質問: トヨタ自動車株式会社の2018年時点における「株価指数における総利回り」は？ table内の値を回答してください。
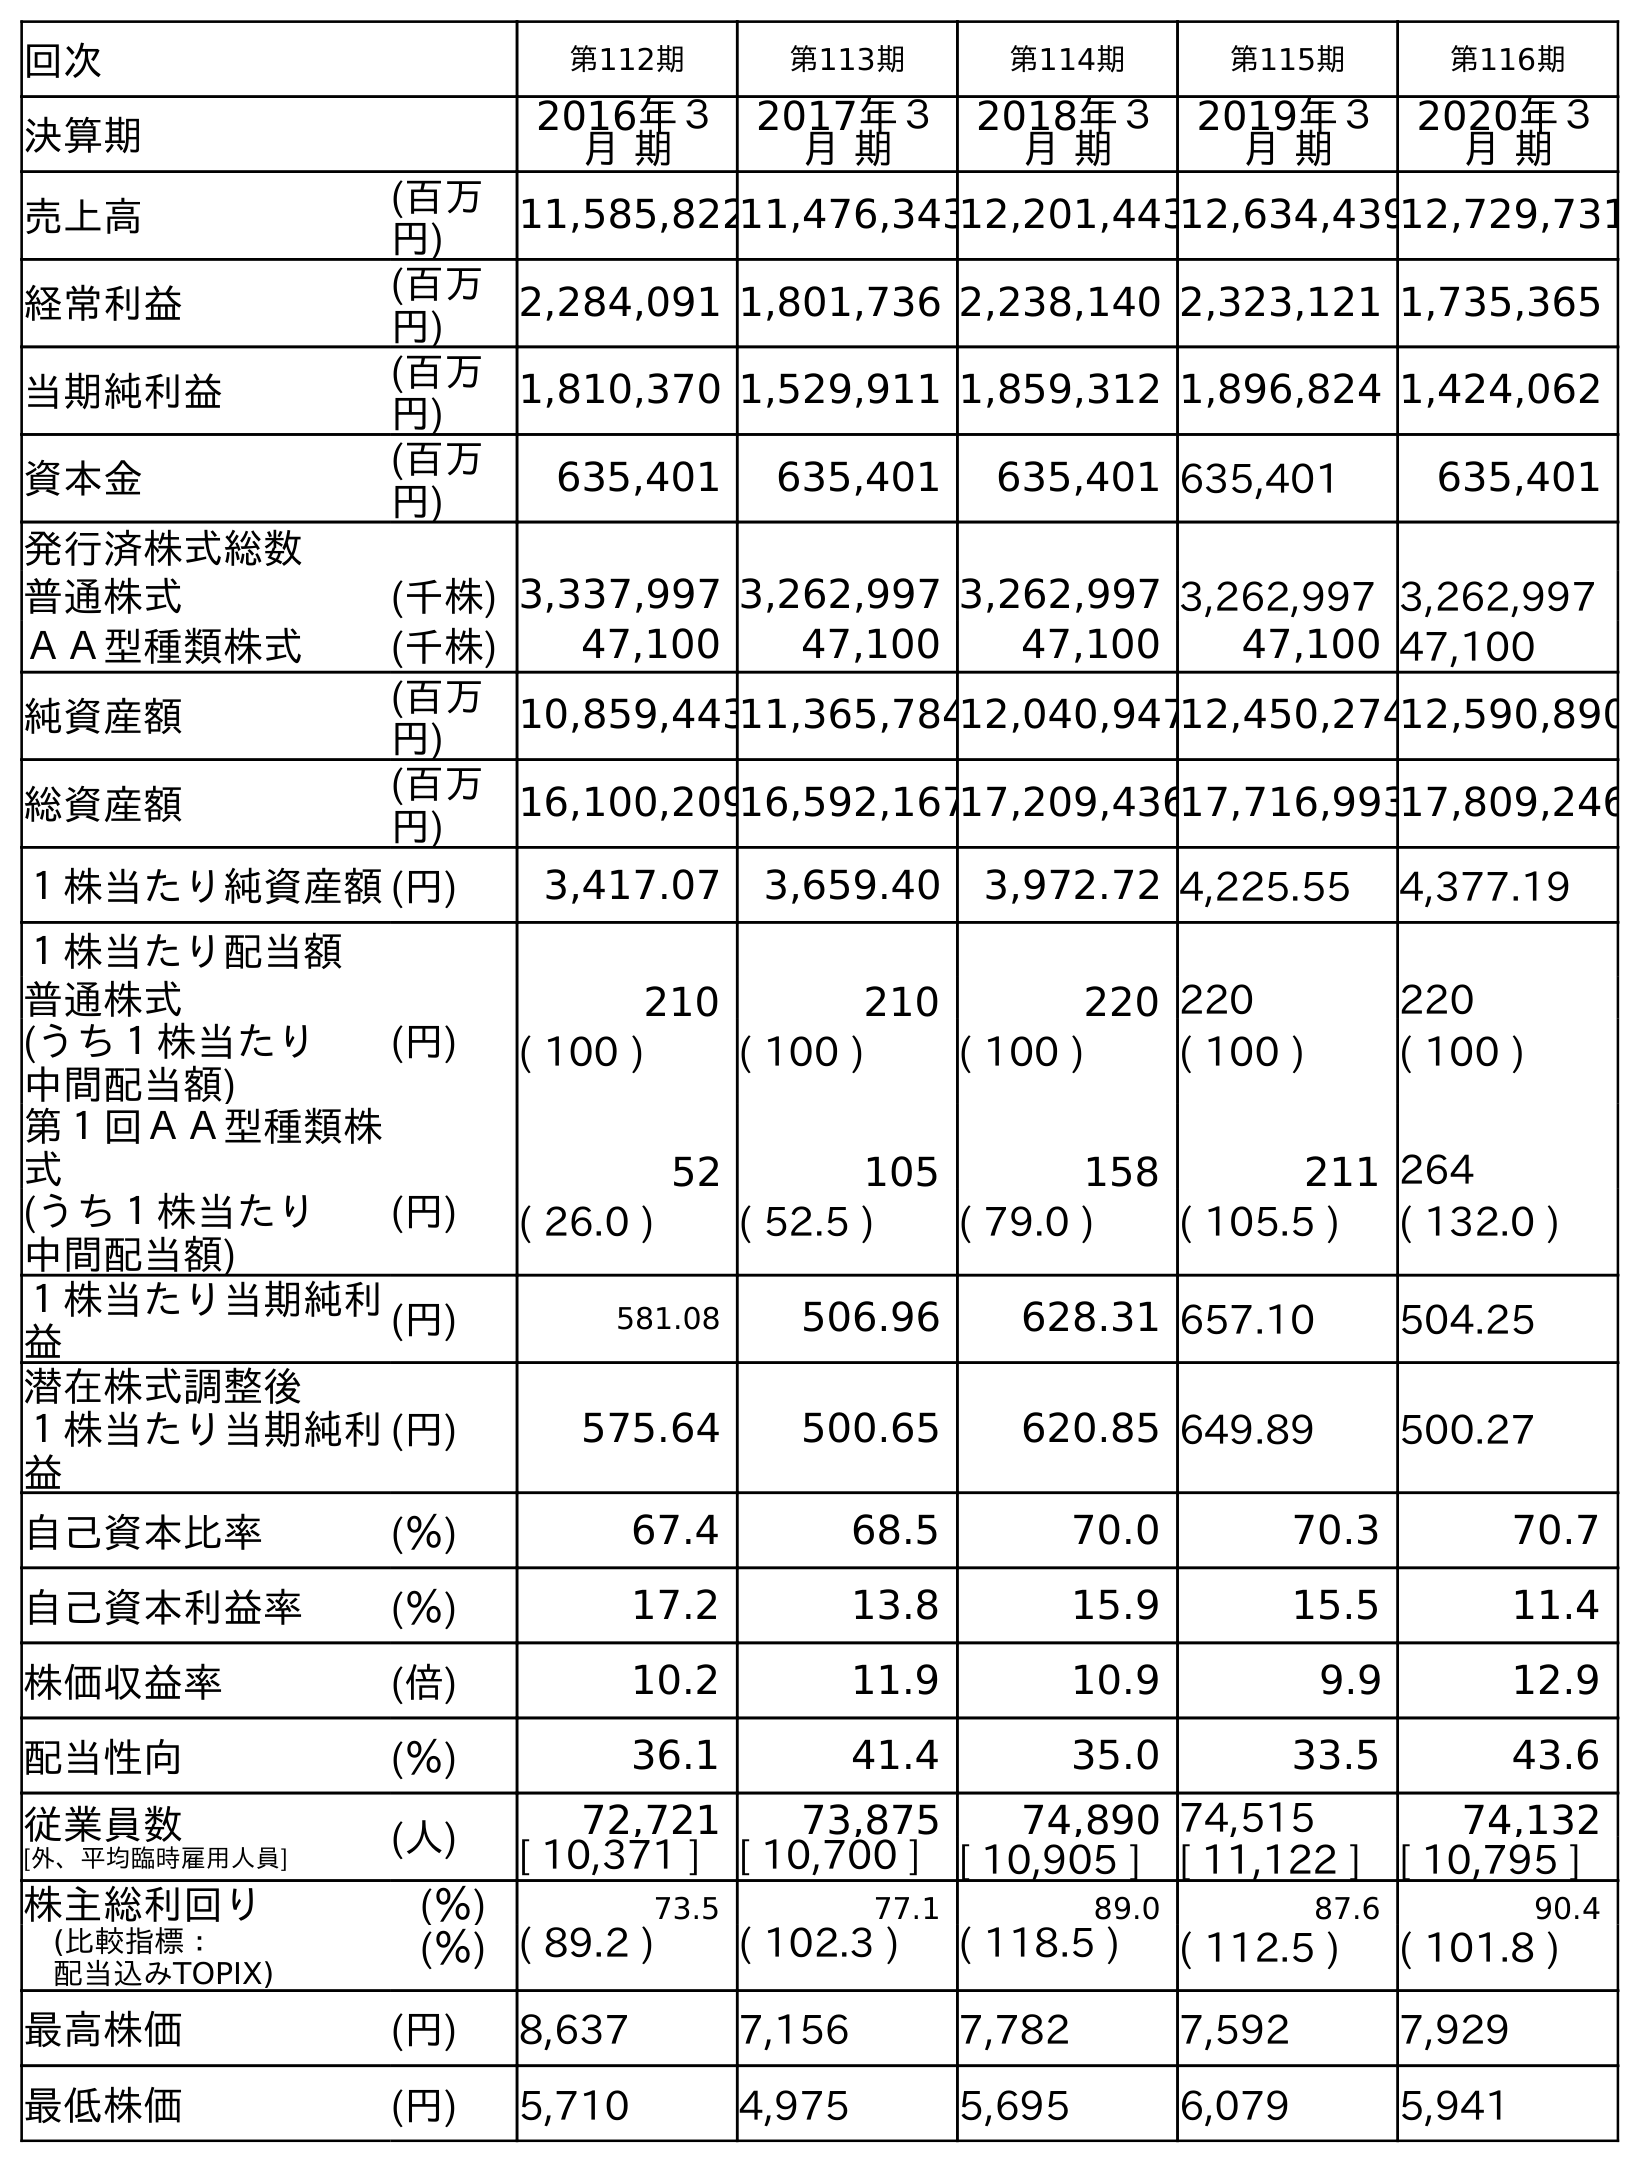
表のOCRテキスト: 回次 第112期 第113期 第114期 第115期 第116期 決算期 2016年３ 月 期 2017年３ 月 期 2018年３ 月 期 2019年３ 月 期 2020年３ 月 期 売上高 (百万 円) 11,585,82211,476,34312,201,44312,634,43912,729,731 経常利益 (百万 円) 2,284,091 1,801,736 2,238,140 2,323,121 1,735,365 当期純利益 (百万 円) 1,810,370 1,529,911 1,859,312 1,896,824 1,424,062 資本金 (百万 円) 635,401 635,401 635,401 635,401 635,401 発行済株式総数 普通株式 (千株) 3,337,997 3,262,997 3,262,997 3,262,997 3,262,997 ＡＡ型種類株式 (千株) 47,100 47,100 47,100 47,100 47,100 純資産額 (百万 円) 10,859,44311,365,78412,040,94712,450,27412,590,890 総資産額 (百万 円) 16,100,20916,592,16717,209,43617,716,99317,809,246 １株当たり純資産額(円) 3,417.07 3,659.40 3,972.72 4,225.55 4,377.19 １株当たり配当額 普通株式 (円) 210 210 220 220 220 (うち１株当たり 中間配当額) ( 100 ) ( 100 ) ( 100 ) ( 100 ) ( 100 ) 第１回ＡＡ型種類株 式 52 105 158 211 264 (うち１株当たり 中間配当額) (円) ( 26.0 ) ( 52.5 ) ( 79.0 ) ( 105.5 ) ( 132.0 ) １株当たり当期純利 益 (円) 581.08 506.96 628.31 657.10 504.25 潜在株式調整後 １株当たり当期純利 益 (円) 575.64 500.65 620.85 649.89 500.27 自己資本比率 (％) 67.4 68.5 70.0 70.3 70.7 自己資本利益率 (％) 17.2 13.8 15.9 15.5 11.4 株価収益率 (倍) 10.2 11.9 10.9 9.9 12.9 配当性向 (％) 36.1 41.4 35.0 33.5 43.6 従業員数 [外、平均臨時雇用人員] (人) 72,721 73,875 74,890 74,515 74,132 [ 10,371 ] [ 10,700 ] [ 10,905 ] [ 11,122 ] [ 10,795 ] 株主総利回り (％) 73.5 77.1 89.0 87.6 90.4 (比較指標： 配当込みTOPIX) (％) ( 89.2 ) ( 102.3 ) ( 118.5 ) ( 112.5 ) ( 101.8 ) 最高株価 (円) 8,637 7,156 7,782 7,592 7,929 最低株価 (円) 5,710 4,975 5,695 6,079 5,941
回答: (118.5)